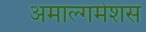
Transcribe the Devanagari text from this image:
अमाल्गमेशंस